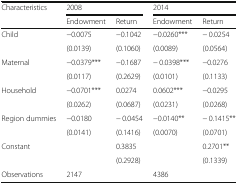
| <ROWSPAN=2> Characteristics | <COLSPAN=2> 2008 | <COLSPAN=2> 2014 |
 | Endowment | Return | Endowment | Return |
 | --- | --- | --- | --- | --- |
 | <ROWSPAN=2> Child | −0.0075 | −0.1042 | −0.0260*** | − 0.0254 |
 | (0.0139) | (0.1060) | (0.0089) | (0.0564) |
 | <ROWSPAN=2> Maternal | −0.0379*** | −0.1687 | − 0.0398*** | −0.0276 |
 | (0.0117) | (0.2629) | (0.0101) | (0.1133) |
 | <ROWSPAN=2> Household | −0.0701*** | 0.0274 | 0.0602*** | −0.0295 |
 | (0.0262) | (0.0687) | (0.0231) | (0.0268) |
 | <ROWSPAN=2> Region dummies | −0.0180 | − 0.0454 | −0.0140** | − 0.1415** |
 | (0.0141) | (0.1416) | (0.0070) | (0.0701) |
 | <ROWSPAN=2> Constant |  | 0.3835 |  | 0.2701** |
 |  | (0.2928) |  | (0.1339) |
 | Observations | <COLSPAN=2> 2147 | <COLSPAN=2> 4386 |